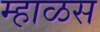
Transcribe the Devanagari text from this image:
म्हाळस